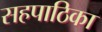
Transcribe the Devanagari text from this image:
सहपाठिका